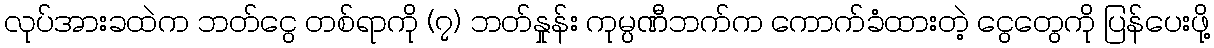
လုပ်အားခထဲက ဘတ်ငွေ တစ်ရာကို (၇) ဘတ်နှုန်း ကုမ္ပဏီဘက်က ကောက်ခံထားတဲ့ ငွေတွေကို ပြန်ပေးဖို့